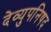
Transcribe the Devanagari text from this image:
देव्युपनिषद